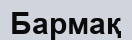
Бармақ